Report on vaccination proceedings throughout the Government of Bengal -
Year: 1868
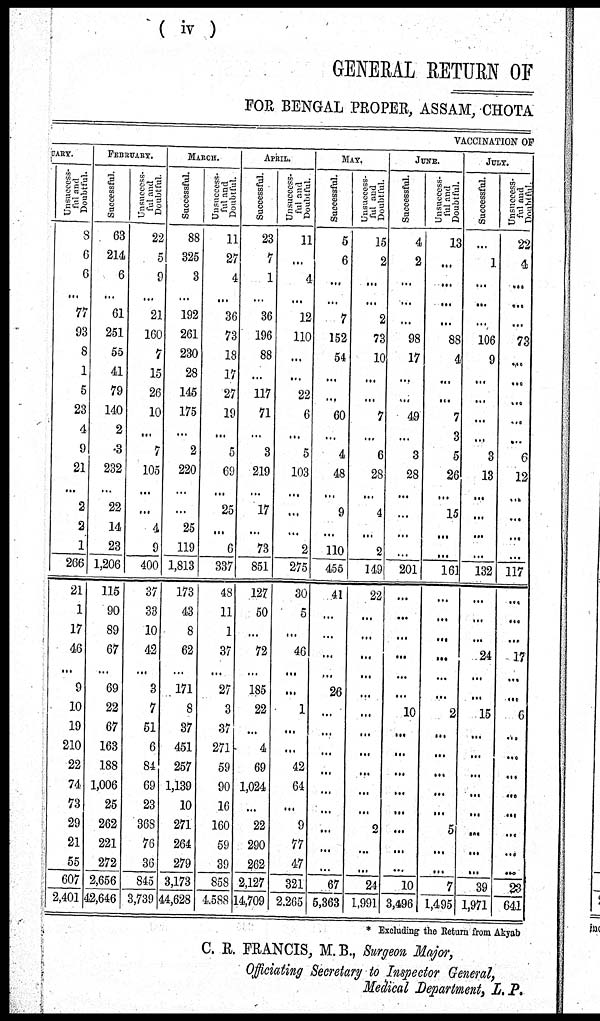
(iv)
GENERAL RETURN OF
FOR BENGAL PROPER, ASSAM, CHOTA
VACCINATION OF
UARY.
Uns uc c e s s -
ful and
Doubtful.
8
6
6
...
77
93
8
1
5
23
4
9
21
...
2
2
1
266
21
1
17
46
...
9
10
19
210
22
74
73
29
21
55
607
2,401
FEBRUARY.
Successful.
63
214
6
...
61
251
55
41
79
140
2
3
232
...
22
14
23
1,206
115
90
89
67
...
69
22
67
163
188
1,006
25
262
221
272
2,656
42,646
Unsuccess-
ful and
Doubtful.
22
5
9
...
21
160
7
15
26
10
...
7
105
...
...
4
9
400
37
33
10
42
...
3
7
51
6
84
69
23
368
76
36
845
3,739
MARCH.
Successful.
88
325
3
...
192
261
230
28
145
175
...
2
220
...
...
25
119
1,813
173
43
8
62
...
171
8
37
451
257
1,139
10
271
264
279
3,173
44,628
Unsuccess-
ful and
Doubtful.
11
27
4
...
36
73
18
17
27
19
...
5
69
...
25
...
6
337
48
11
1
37
...
27
3
37
271
59
90
16
160
59
39
858
4,588
APRIL.
Successful.
23
7
1
...
36
196
88
...
117
71
...
3
219
...
17
...
73
851
127
50
...
72
...
185
22
...
4
69
1,024
...
22
290
262
2,127
14,709
Unsuccess-
ful and
Doubtful.
11
...
4
...
12
110
...
...
22
6
...
5
103
...
...
...
2
275
30
5
...
46
...
...
1
...
...
42
64
...
9
77
47
321
2,265
MAY.
Successful.
5
6
...
...
7
152
54
...
...
60
...
4
48
...
9
...
110
455
41
...
...
...
...
26
...
...
...
...
...
...
...
...
...
67
5,363
Unsuccess-
ful and
Doubtful.
15
2
...
...
2
73
10
...
...
7
...
6
28
...
4
...
2
149
22
...
...
...
...
...
...
...
...
...
...
...
2
...
...
24
1,991
JUNE.
Successful.
4
2
...
...
...
98
17
...
...
49
...
3
28
...
...
...
...
201
...
...
...
...
...
...
10
...
...
...
...
...
...
...
...
10
3,496
Unsuccess-
ful and
Doubtful.
13
...
...
...
...
88
4
...
...
7
3
5
26
...
15
...
...
161
...
...
...
...
...
...
2
...
...
...
...
...
5
...
...
7
1,495
JULY.
Successful.
...
1
...
...
...
106
9
...
...
...
...
3
13
...
...
...
...
132
...
...
...
24
...
...
15
...
...
...
...
...
...
...
...
39
1,971
Unsuccess-
ful and
Doubtful.
22
4
...
...
...
73
...
...
...
...
...
6
12
...
...
...
...
117
...
...
...
17
...
...
6
...
...
...
...
...
...
...
...
23
641
* Excluding the Return from Akyab
C. R. FRANCIS, M.B., Surgeon Major,
Officiating Secretary to Inspector General,
Medical Department, L.P.